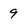
Character: 9